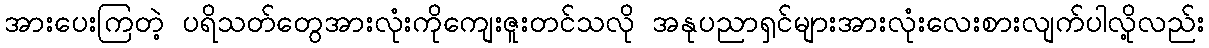
အားပေးကြတဲ့ ပရိသတ်တွေအားလုံးကိုကျေးဇူးတင်သလို အနုပညာရှင်များအားလုံးလေးစားလျက်ပါလို့လည်း